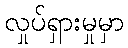
လှုပ်ရှားမှုမှာ